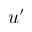
u ^ { \prime }